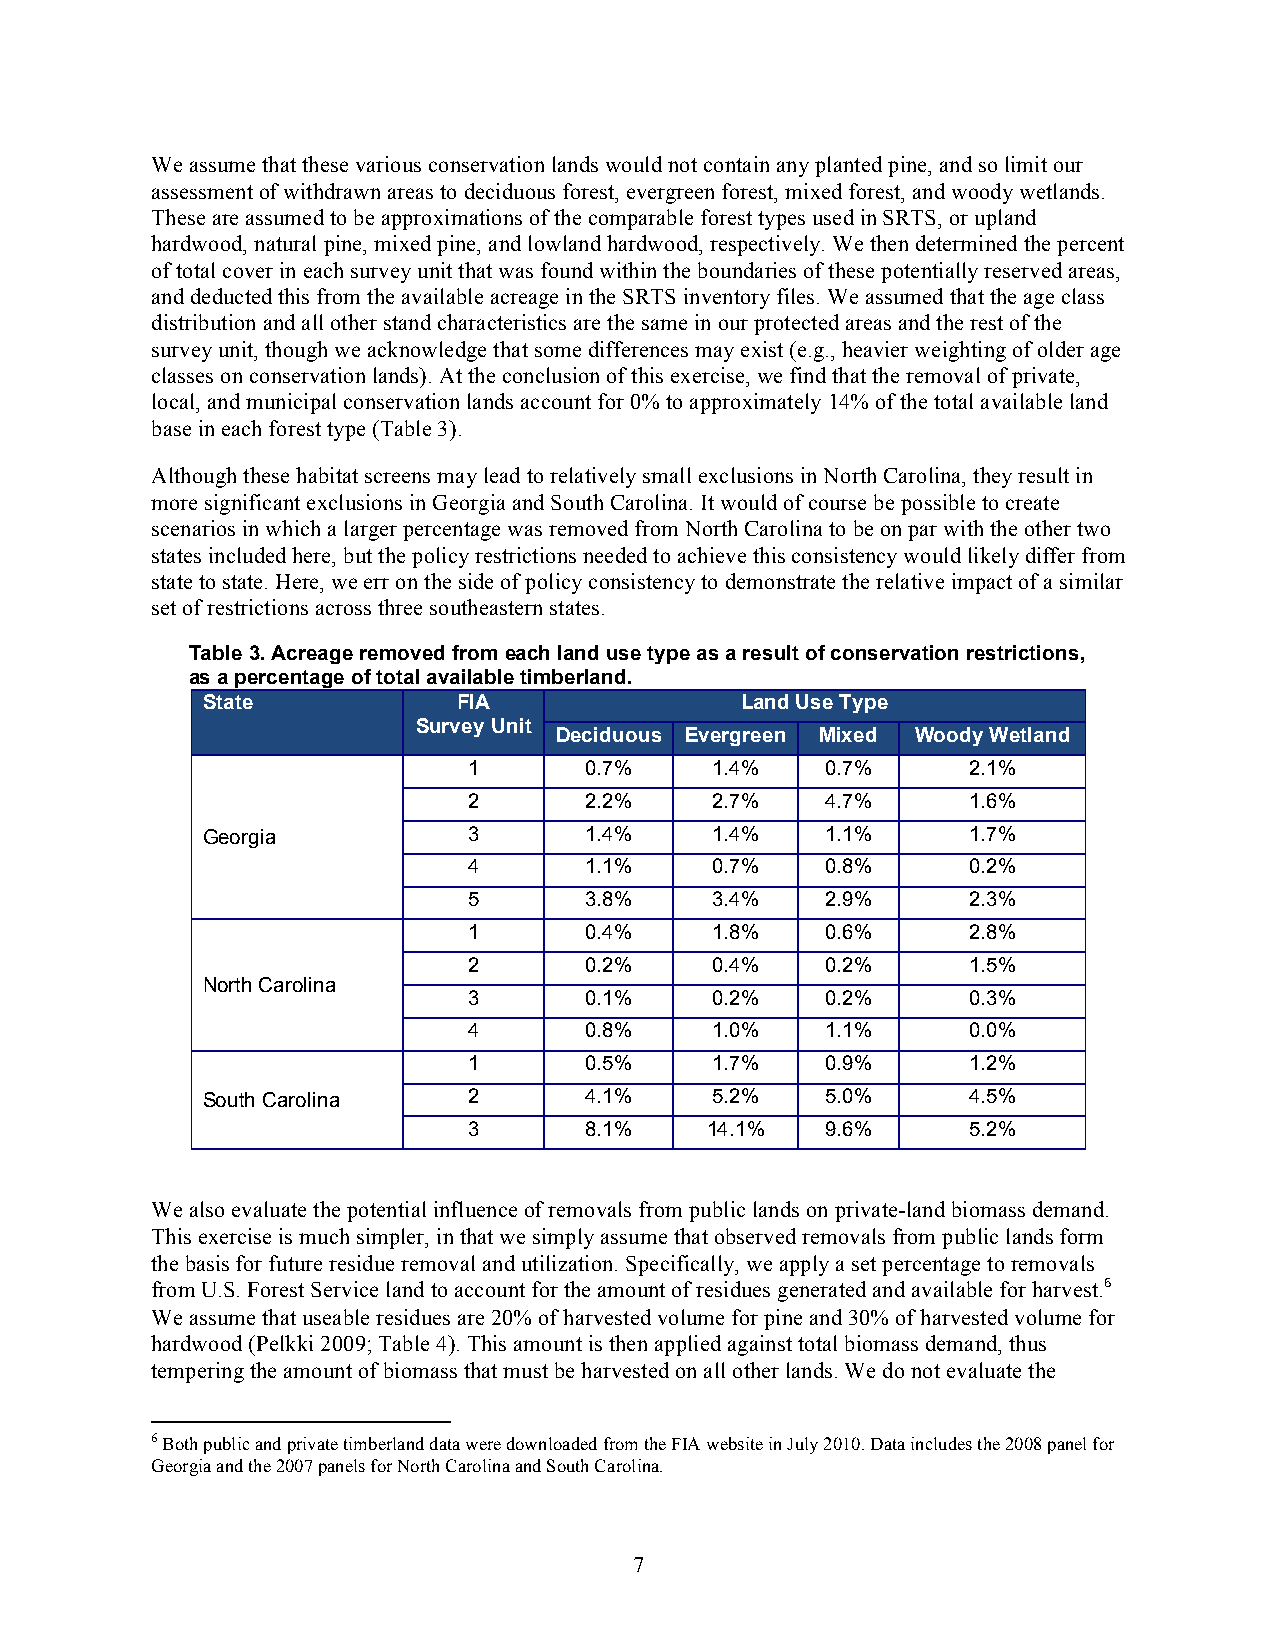
We assume that these various conservation lands would not contain any planted pine, and so limit our
 assessment of withdrawn areas to deciduous forest, evergreen forest, mixed forest, and woody wetlands.
 These are assumed to be approximations of the comparable forest types used in SRTS, or upland
 hardwood, natural pine, mixed pine, and lowland hardwood, respectively. We then determined the percent
 of total cover in each survey unit that was found within the boundaries of these potentially reserved areas,
 and deducted this from the available acreage in the SRTS inventory files. We assumed that the age class
 distribution and all other stand characteristics are the same in our protected areas and the rest of the
 survey unit, though we acknowledge that some differences may exist (e.g., heavier weighting of older age
 classes on conservation lands). At the conclusion of this exercise, we find that the removal of private,
 local, and municipal conservation lands account for 0% to approximately 14% of the total available land
 base in each forest type (Table 3).
 Although these habitat screens may lead to relatively small exclusions in North Carolina, they result in
 more significant exclusions in Georgia and South Carolina. It would of course be possible to create
 scenarios in which a larger percentage was removed from North Carolina to be on par with the other two
 states included here, but the policy restrictions needed to achieve this consistency would likely differ from
 state to state. Here, we err on the side of policy consistency to demonstrate the relative impact of a similar
 set of restrictions across three southeastern states.
 Table 3. Acreage removed from each land use type as a result of conservation restrictions,
 as a percentage of total available timberland.
 State            FIA                Land Use Type
 Survey Unit
 Deciduous Evergreen Mixed Woody Wetland
 1       0.7%    1.4%    0.7%     2.1%
 2       2.2%    2.7%    4.7%     1.6%
 Georgia           3       1.4%    1.4%    1.1%     1.7%
 4       1.1%    0.7%    0.8%     0.2%
 5       3.8%    3.4%    2.9%     2.3%
 1       0.4%    1.8%    0.6%     2.8%
 2       0.2%    0.4%    0.2%     1.5%
 North Carolina
 3       0.1%    0.2%    0.2%     0.3%
 4       0.8%    1.0%    1.1%     0.0%
 1       0.5%    1.7%    0.9%     1.2%
 South Carolina    2       4.1%    5.2%    5.0%     4.5%
 3       8.1%    14.1%   9.6%     5.2%
 We also evaluate the potential influence of removals from public lands on private-land biomass demand.
 This exercise is much simpler, in that we simply assume that observed removals from public lands form
 the basis for future residue removal and utilization. Specifically, we apply a set percentage to removals
 from U.S. Forest Service land to account for the amount of residues generated and available for harvest.6
 We assume that useable residues are 20% of harvested volume for pine and 30% of harvested volume for
 hardwood (Pelkki 2009; Table 4). This amount is then applied against total biomass demand, thus
 tempering the amount of biomass that must be harvested on all other lands. We do not evaluate the
 6 Both public and private timberland data were downloaded from the FIA website in July 2010. Data includes the 2008 panel for
 Georgia and the 2007 panels for North Carolina and South Carolina.
 7